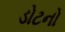
ડોટનો